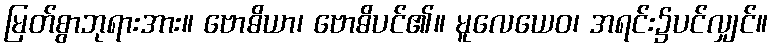
မြတ်စွာဘုရားအား။ ဗောဓိယာ၊ ဗောဓိပင်၏။ မူလေယေဝ၊ အရင်း၌ပင်လျှင်။